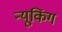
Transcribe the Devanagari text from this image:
न्यूकिंग